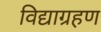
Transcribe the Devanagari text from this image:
विद्याग्रहण